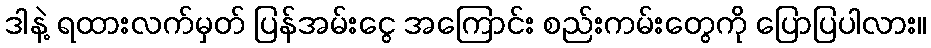
ဒါနဲ့ ရထားလက်မှတ် ပြန်အမ်းငွေ အကြောင်း စည်းကမ်းတွေကို ပြောပြပါလား။